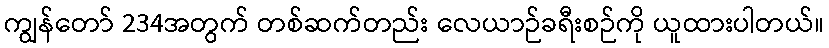
ကျွန်တော် 234အတွက် တစ်ဆက်တည်း လေယာဉ်ခရီးစဉ်ကို ယူထားပါတယ်။